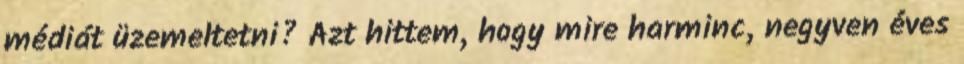
médiát üzemeltetni? Azt hittem, hogy mire harminc, negyven éves